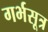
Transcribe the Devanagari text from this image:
गर्भसूत्र